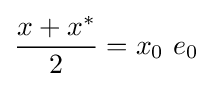
{\frac {x+x^{*}}{2}}=x_{0}\ e_{0}